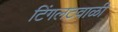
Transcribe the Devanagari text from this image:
टिंगलटवाळी